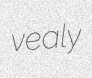
vealy